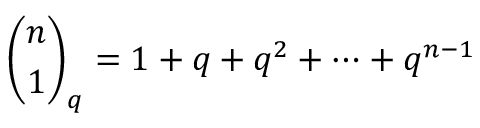
{ \binom { n } { 1 } } _ { q } = 1 + q + q ^ { 2 } + \cdots + q ^ { n - 1 }